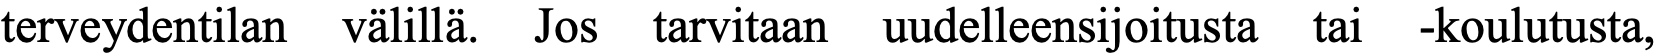
terveydentilan välillä. Jos tarvitaan uudelleensijoitusta tai -koulutusta,